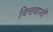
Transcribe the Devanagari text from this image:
वित्तवानों